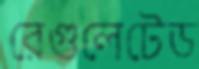
রেগুলেটেড